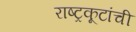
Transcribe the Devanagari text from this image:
राष्ट्रकूटांची